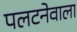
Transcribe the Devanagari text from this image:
पलटनेवाला